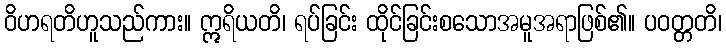
ဝိဟရတိဟူသည်ကား။ ဣရိယတိ၊ ရပ်ခြင်း ထိုင်ခြင်းစသောအမူအရာဖြစ်၏။ ပဝတ္တတိ၊